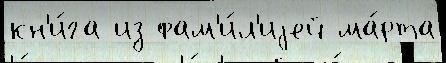
кн'и́га из фам'и́л'иjей ма́рта